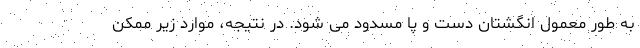
به طور معمول انگشتان دست و پا مسدود می شود. در نتیجه، موارد زیر ممکن